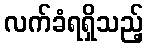
လက်ခံရရှိသည့်